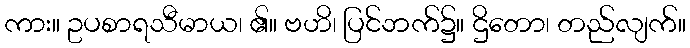
ကား။ ဥပစာရသီမာယ၊ ၏။ ဗဟိ၊ ပြင်ဘက်၌။ ဌိတော၊ တည်လျက်။